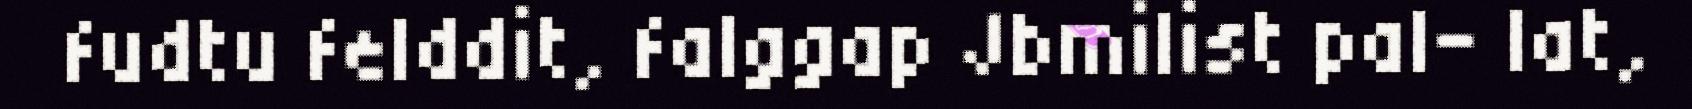
fudtu felddit, falggap Jbmilist pal- lat,